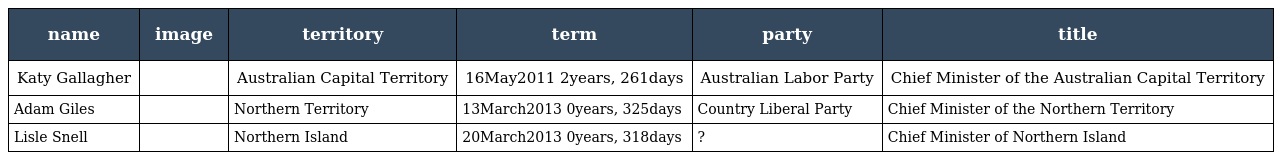
| name | image | territory | term | party | title |
 | --- | --- | --- | --- | --- | --- |
 | Katy Gallagher |  | Australian Capital Territory | 16May2011 2years, 261days | Australian Labor Party | Chief Minister of the Australian Capital Territory |
 | Adam Giles |  | Northern Territory | 13March2013 0years, 325days | Country Liberal Party | Chief Minister of the Northern Territory |
 | Lisle Snell |  | Northern Island | 20March2013 0years, 318days | ? | Chief Minister of Northern Island |